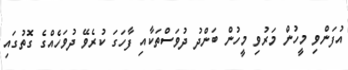
އުފަންވި މީހުން މަރުވި މީހުން ބަންދު ދުވަސްތަކާއި ފާހަގަ ކުރެވޭ ދުވަހެއްގެ ގޮތުގައި